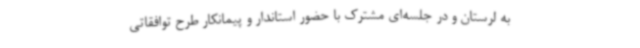
به لرستان و در جلسه‌ای مشترک با حضور استاندار و پیمانکار طرح توافقاتی